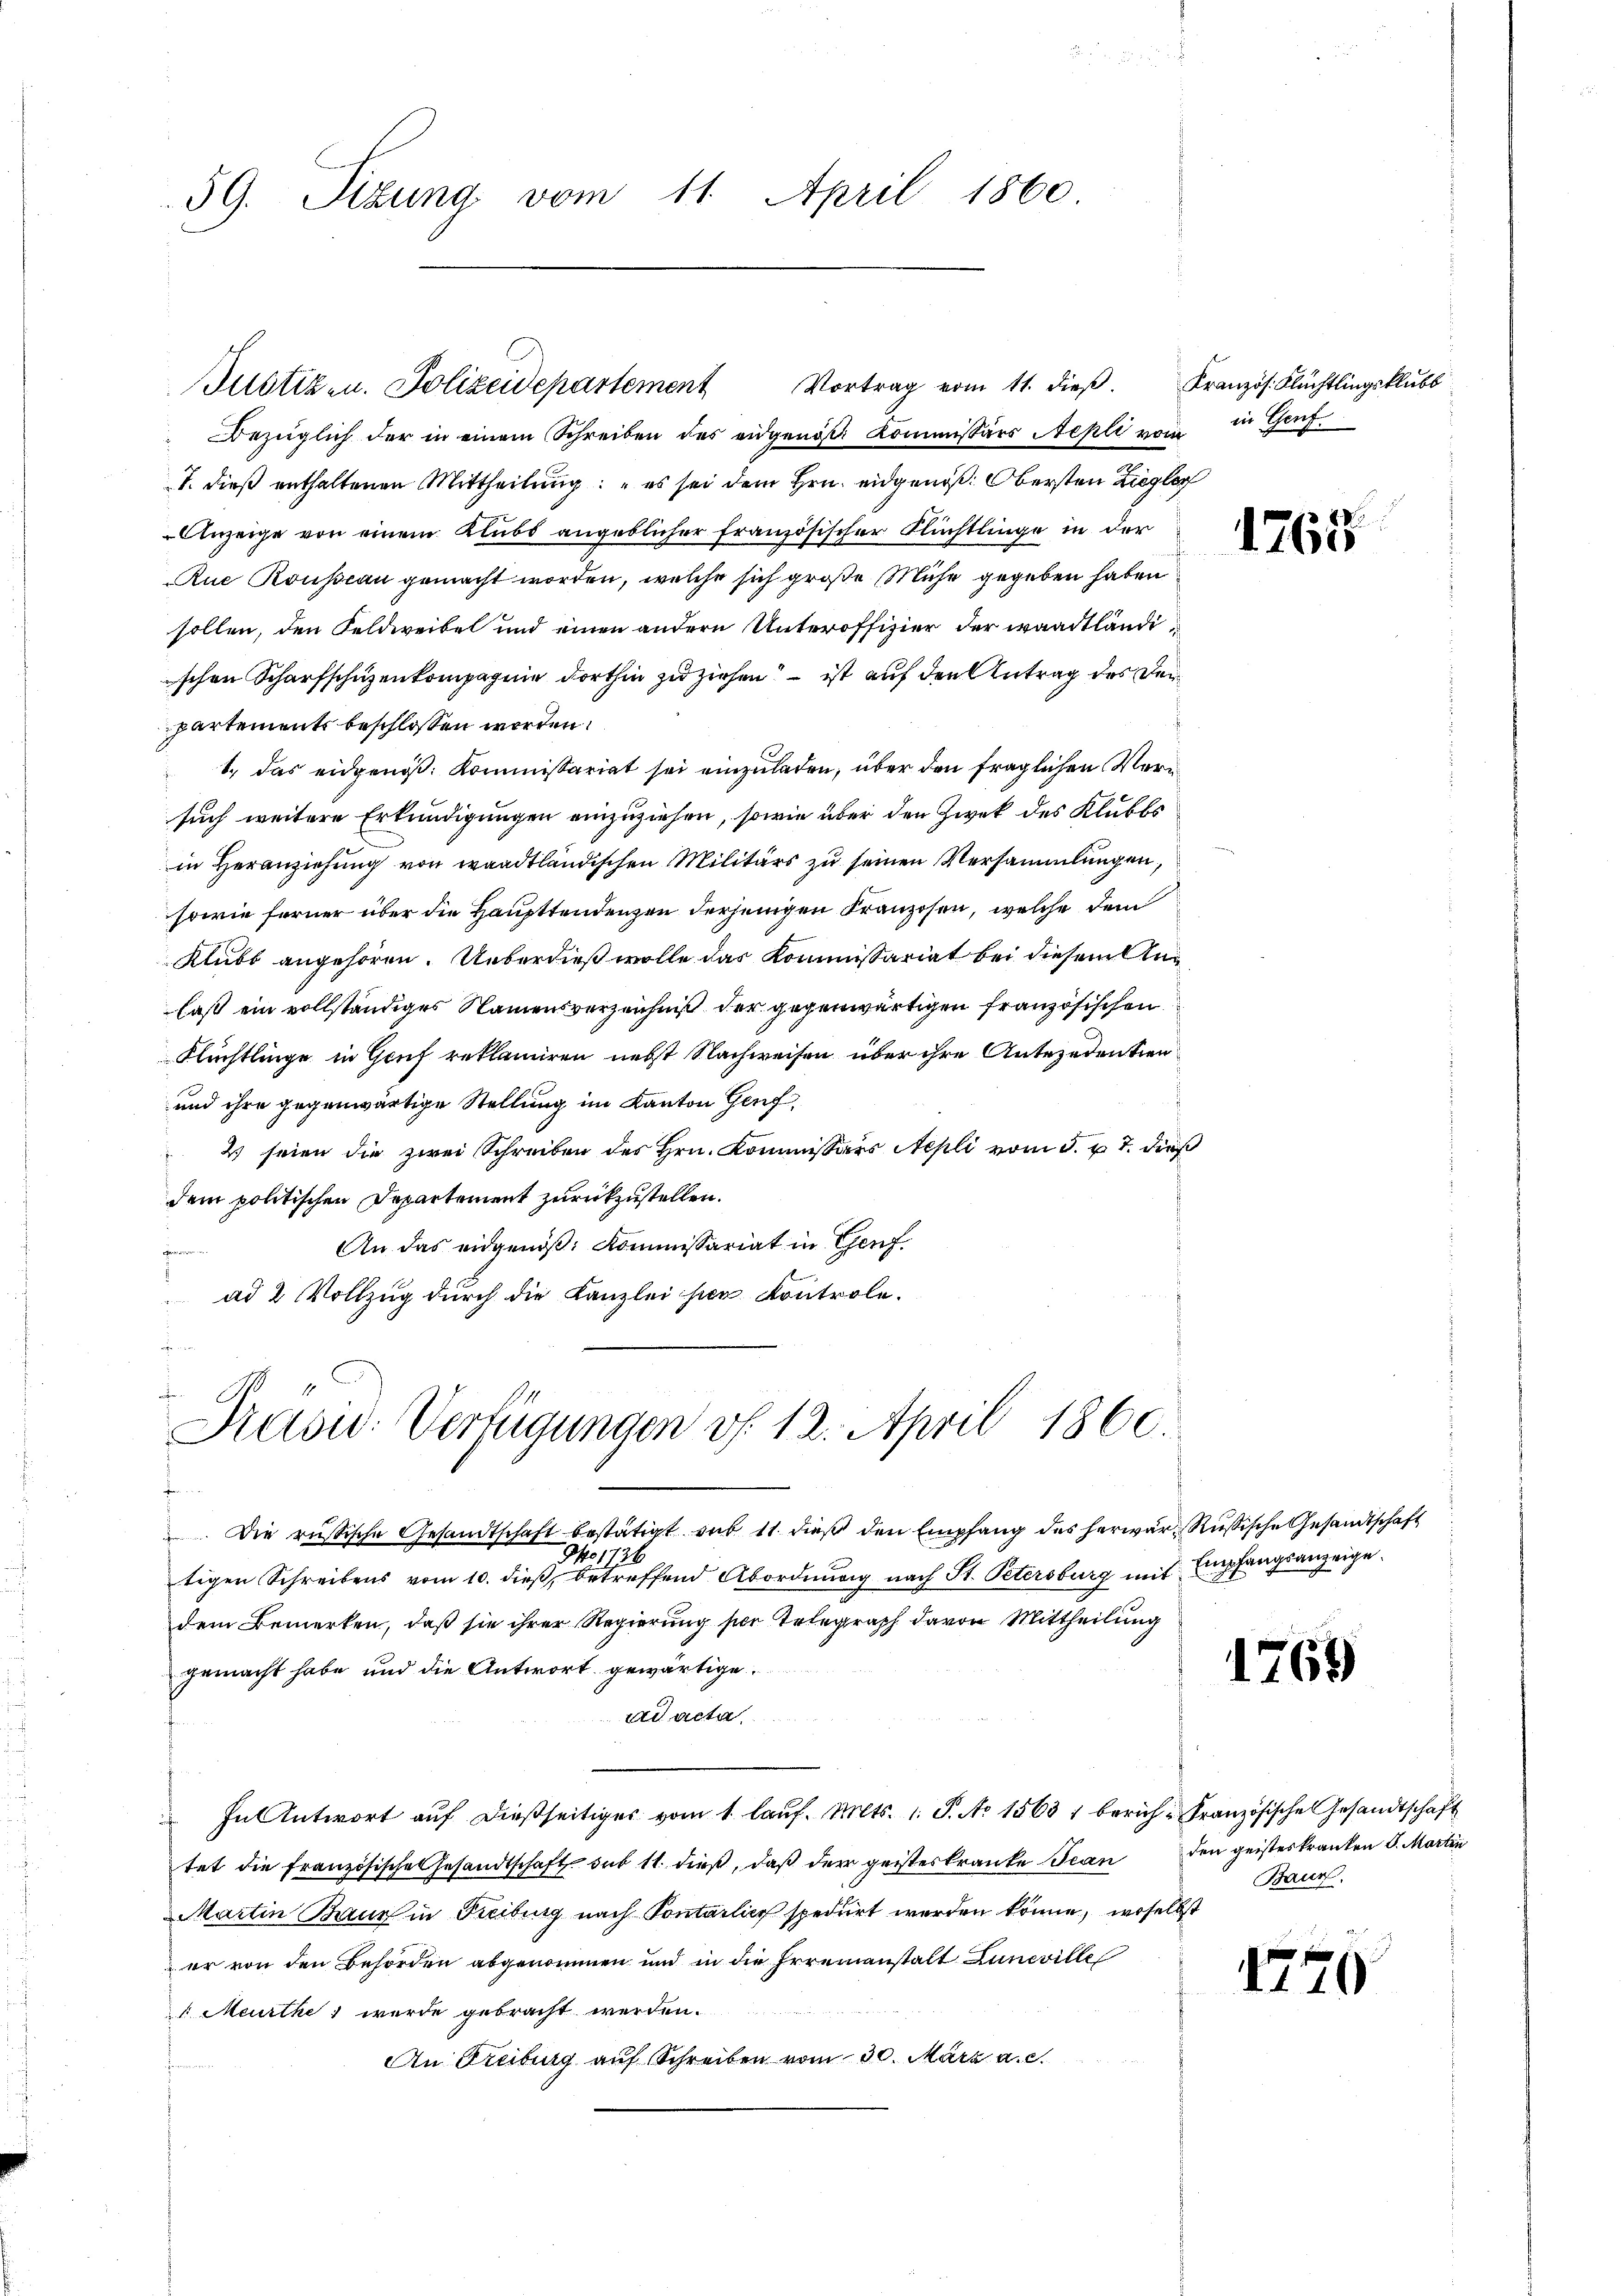
59. Sizung vom 11. April 1860

Vortrag vom 11. dieß.
Justizen. Polizeidepartement

Bezüglich der in einem Schreiben des eidgenöß: Kommissärs Nepli vom
T. dieß enthaltenen Mittheilung: „es sei dem Hrn. eidgenöß: Obersten Ziegler
Anzeige von einem Klubs angeblicher französischer Flüchtlinge in der
Rue Rousseau gemacht worden, welche sich große Mühe gegeben haben
sollen, den Feldweibel und einen andern Unteroffizier der waadtländischen Scharfschüzenkompagnie dorthin zu ziehen – ist auf den Antrag des derpartements beschlossen worden.
1. das eidgenoß: Kommissariat sei einzuladen, über den fraglichen Versuch weitere Erkundigungen einzuziehen, sowie über den Zwek des Klubbs
in Heranziehung von waadtländischen Militärs zu seinen Versammlungen,
sowie ferner über die Haupttendenzen derjenigen Kranzosen, welche dem
Klubb angehören. Ueberdieß wolle das Kommissariat bei diesem Anlaß ein vollständiges Namensverzeichniß der gegenwärtigen französischen
Flüchtlinge in Genf reklamiren nebst Nachweisen über ihre Antezedentien¬
und ihre gegenwärtige Stellung im Kanton Genf,
2 seien die zwei Schreiben des Hrn. Kommissärs Nepli vom 5. p. T. dieß
dem politischen Departement zurückzustellen.
An das eidgenöß: Kommissariat in Genf
f
ad 2 Vollzug durch die Kanzlei hier Kontrole¬

ahe
Präsid-Verfügungen v. 12. April 1860.

Die russische Gesandtschaft bestätigt sub 11 dieß den Empfang des herwar Rußische Gesandtschaft
Ao 1731
tigen Schreibens vom 10. dieß, betreffend Abordnung nach St. Petersburg mit Empfangsanzeigedem Bemerken, daß sie ihrer Regierung sie Telegraph davon Mittheilung
gemacht habe und die Antwort gewärtige.
ad acta
In Antwort aŭf dießseitiges vom 1. laŭf. Mts. 1. P. Nr. 1563 1 berich-Französische Gesandtschaft
tet die französische Gesandtschaft sub 11. dieß, daß der geisteskranke Bean
Martin Baur in Freiburg nach Pontarlier spedirt werden könne, woselbst
er von den Behörden abgenommen und in die Erreinanstalt Luneville
 Meurthe wurde gebracht werden.
An Freiburg auf Schreiben vom 30. März a. c.

Kranzös. Flüchtlingsklubb
in Genf.

1765

1769

den geisteskranken S. Martin
Baur.

1770